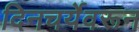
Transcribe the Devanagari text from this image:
दिनचर्येवरून